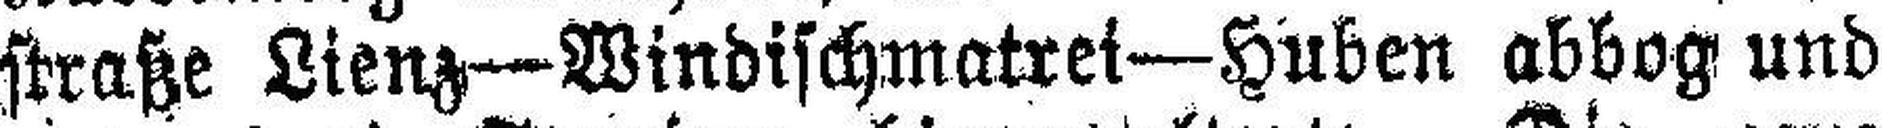
straße Lienz—Windischmatrei—Huben abbog und